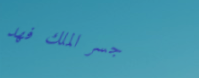
جسر الملك فهد